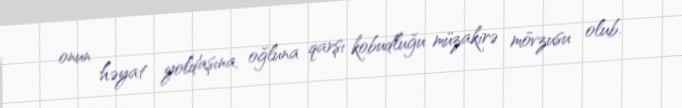
onun həyat yoldaşına, oğluna qarşı kobudluğu müzakirə mövzusu olub.